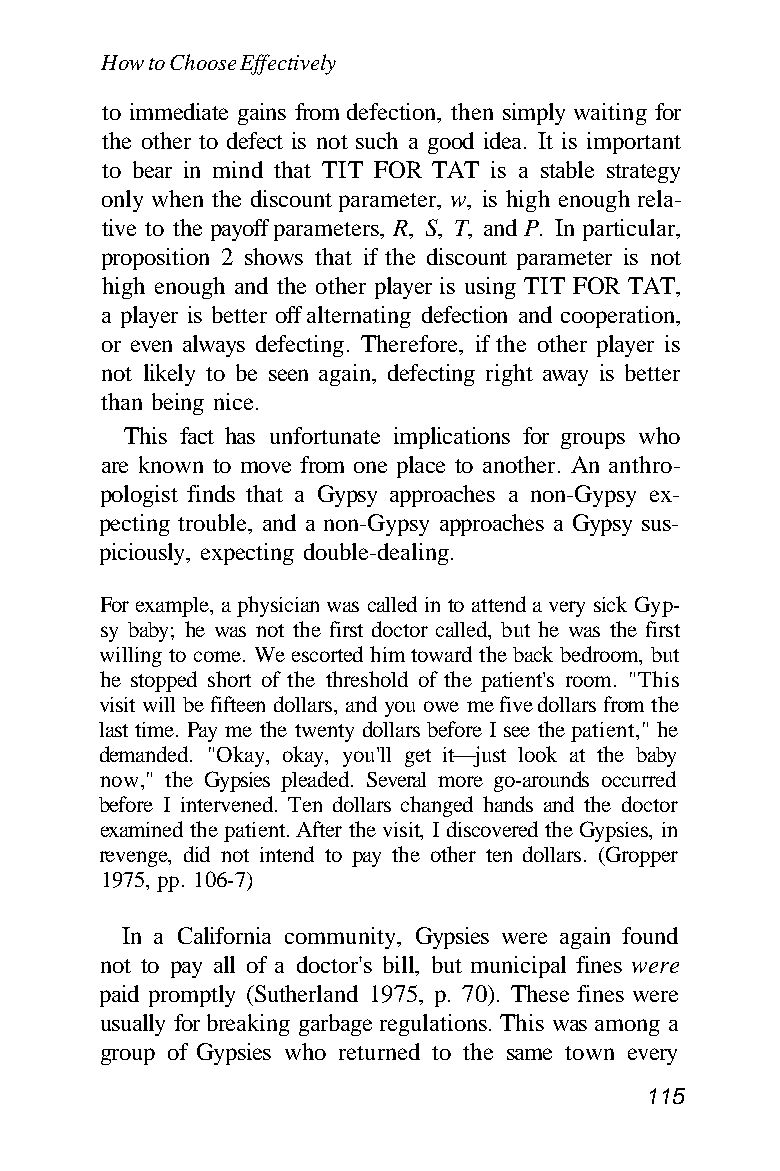
How to Choose Effectively
 to immediate gains from defection, then simply waiting for
 the other to defect is not such a good idea. It is important
 to bear in mind that TIT FOR TAT is a stable strategy
 only when the discount parameter, w, is high enough rela-
 tive to the payoff parameters, R, S, T, and P. In particular,
 proposition 2 shows that if the discount parameter is not
 high enough and the other player is using TIT FOR TAT,
 a player is better off alternating defection and cooperation,
 or even always defecting. Therefore, if the other player is
 not likely to be seen again, defecting right away is better
 than being nice.
 This fact has unfortunate implications for groups who
 are known to move from one place to another. An anthro-
 pologist finds that a Gypsy approaches a non-Gypsy ex-
 pecting trouble, and a non-Gypsy approaches a Gypsy sus-
 piciously, expecting double-dealing.
 For example, a physician was called in to attend a very sick Gyp-
 sy baby; he was not the first doctor called, but he was the first
 willing to come. We escorted him toward the back bedroom, but
 he stopped short of the threshold of the patient's room. "This
 visit will be fifteen dollars, and you owe me five dollars from the
 last time. Pay me the twenty dollars before I see the patient," he
 demanded. "Okay, okay, you'll get it—just look at the baby
 now," the Gypsies pleaded. Several more go-arounds occurred
 before I intervened. Ten dollars changed hands and the doctor
 examined the patient. After the visit, I discovered the Gypsies, in
 revenge, did not intend to pay the other ten dollars. (Gropper
 1975, pp. 106-7)
 In a California community, Gypsies were again found
 not to pay all of a doctor's bill, but municipal fines were
 paid promptly (Sutherland 1975, p. 70). These fines were
 usually for breaking garbage regulations. This was among a
 group of Gypsies who returned to the same town every
 115